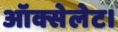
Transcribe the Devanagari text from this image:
ऑक्सेलेट।